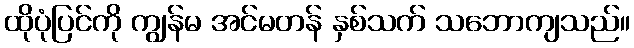
ထိုပုံပြင်ကို ကျွန်မ အင်မတန် နှစ်သက် သဘောကျသည်။